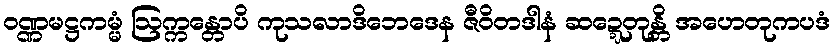
ဝဏ္ဏမဋ္ဌကမ္မံ ဩက္ကန္တောပိ ကုသလာဒိဘေဒေန ဇီဝိတဒါနံ ဆဍ္ဍေတုန္တိ အဟေတုကပဒံ